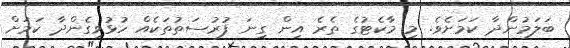
ބަލަމުންދާ ކަމަށެވެ. މި މާކެޓުގެ ތެރެ އިން ގިނަ ފުރުސަތުތަކެއް ހުޅުވިގެންދާ ކަމަށް